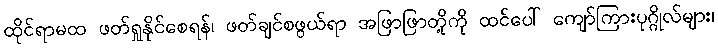
ထိုင်ရာမထ ဖတ်ရှုနိုင်စေရန်၊ ဖတ်ချင်စဖွယ်ရာ အဖြာဖြာတို့ကို ထင်ပေါ် ကျော်ကြားပုဂ္ဂိုလ်များ၊